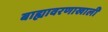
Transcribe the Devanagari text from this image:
बाह्यावरणाखाली